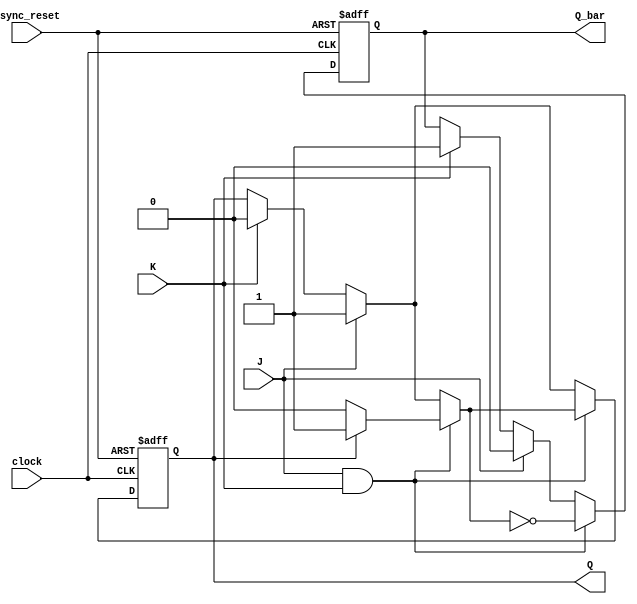
module jk_flip_flop(
    input J,
    input K,
    input clock,
    input async_reset,
    output reg Q,
    output reg Q_bar
);

reg next_state;

always @(posedge clock or posedge async_reset)
begin
    if(async_reset)
    begin
        Q <= 1'b0;
        Q_bar <= 1'b1;
    end
    else
    begin
        if(J & K)
        begin
            Q <= next_state;
            Q_bar <= ~next_state;
        end
        else if(J)
        begin
            Q <= 1'b1;
            Q_bar <= 1'b0;
        end
        else if(K)
        begin
            Q <= 1'b0;
            Q_bar <= 1'b1;
        end
        else
        begin
            Q <= Q;
            Q_bar <= Q_bar;
        end
    end
end

always @(*)
begin
    if(J & K)
    begin
        if(Q)
            next_state <= 1'b1;
        else
            next_state <= 1'b0;
    end
    else if(J)
        next_state <= 1'b1;
    else if(K)
        next_state <= 1'b0;
    else
        next_state <= Q;
end

endmodule